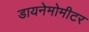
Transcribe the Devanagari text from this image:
डायनेमोमीटर